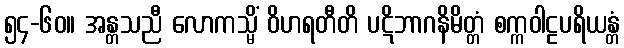
၅၄-၆၀။ အန္တသညီ လောကသ္မိံ ဝိဟရတီတိ ပဋိဘာဂနိမိတ္တံ စက္ကဝါဠပရိယန္တံ